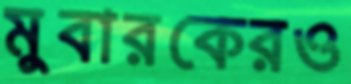
মুবারকেরও